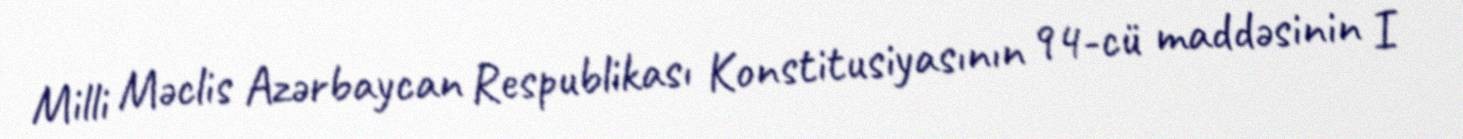
Milli Məclis Azərbaycan Respublikası Konstitusiyasının 94-cü maddəsinin I